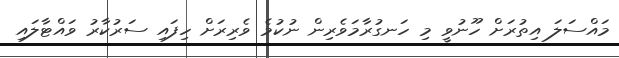
މައްސަލަ އިތުރަށް ހޫނުވީ މި ހަނގުރާމަވެރިން ނުކުމެ ވެރިރަށް ހިފައި ސަރުކާރު ވައްޓާލައި